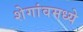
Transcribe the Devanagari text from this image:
शेगांवमध्ये